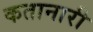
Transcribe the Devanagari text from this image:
कतानारी